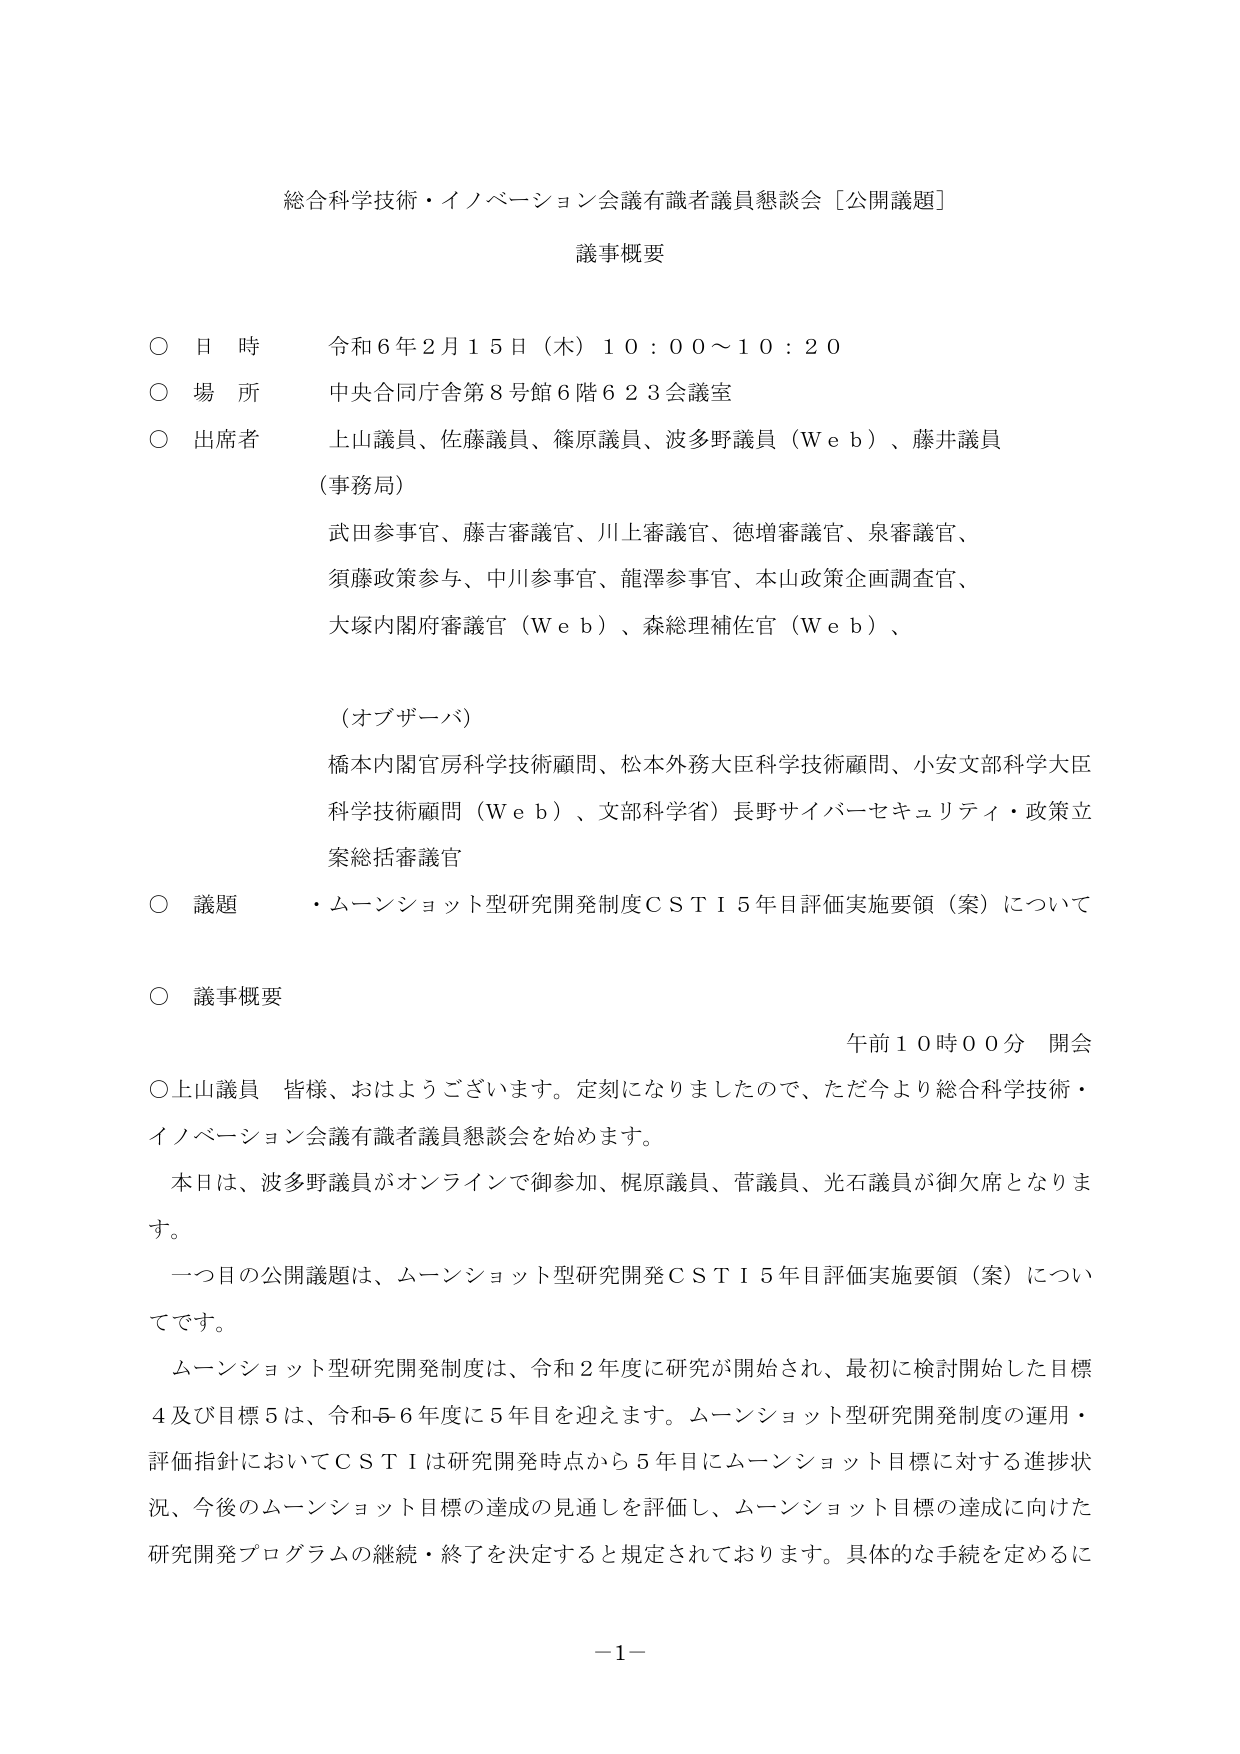
総合科学技術・イノベーション会議有識者議員懇談会［公開議題］

議事概要

○ 日 時 令和６年２月１５日（木）１０：００～１０：２０
○ 場 所 中央合同庁舎第８号館６階６２３会議室
○ 出席者 上山議員、佐藤議員、篠原議員、波多野議員（Ｗｅｂ）、藤井議員
（事務局）
武田参事官、藤吉審議官、川上審議官、徳増審議官、泉審議官、
須藤政策参与、中川参事官、龍澤参事官、本山政策企画調査官、
大塚内閣府審議官（Ｗｅｂ）、森総理補佐官（Ｗｅｂ）、
（オブザーバ）
橋本内閣官房科学技術顧問、松本外務大臣科学技術顧問、小安文部科学大臣
科学技術顧問（Ｗｅｂ）、文部科学省）長野サイバーセキュリティ・政策立
案総括審議官
○ 議題 ・ムーンショット型研究開発制度ＣＳＴＩ５年目評価実施要領（案）について

○ 議事概要
午前１０時００分 開会
○上山議員 皆様、おはようございます。定刻になりましたので、ただ今より総合科学技術・
イノベーション会議有識者議員懇談会を始めます。
本日は、波多野議員がオンラインで御参加、梶原議員、菅議員、光石議員が御欠席となりま
す。
一つ目の公開議題は、ムーンショット型研究開発ＣＳＴＩ５年目評価実施要領（案）につい
てです。
ムーンショット型研究開発制度は、令和２年度に研究が開始され、最初に検討開始した目標
４及び目標５は、令和５・６年度に５年目を迎えます。ムーンショット型研究開発制度の運用・
評価指針においてＣＳＴＩは研究開発時点から５年目にムーンショット目標に対する進捗状
況、今後のムーンショット目標の達成の見通しを評価し、ムーンショット目標の達成に向けた
研究開発プログラムの継続・終了を決定すると規定されております。具体的な手続を定めるに

－１－